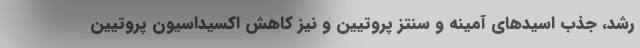
رشد، جذب اسیدهای آمینه و سنتز پروتیین و نیز کاهش اکسیداسیون پروتیین